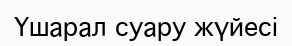
Үшарал суару жүйесі